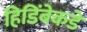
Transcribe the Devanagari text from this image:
हिडिंबेकडे